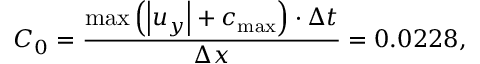
{ C _ { 0 } } = \frac { { \operatorname* { m a x } \left( { \left| { { u _ { y } } } \right| + { c _ { \operatorname* { m a x } } } } \right) \cdot \Delta t } } { { \Delta x } } = 0 . 0 2 2 8 ,